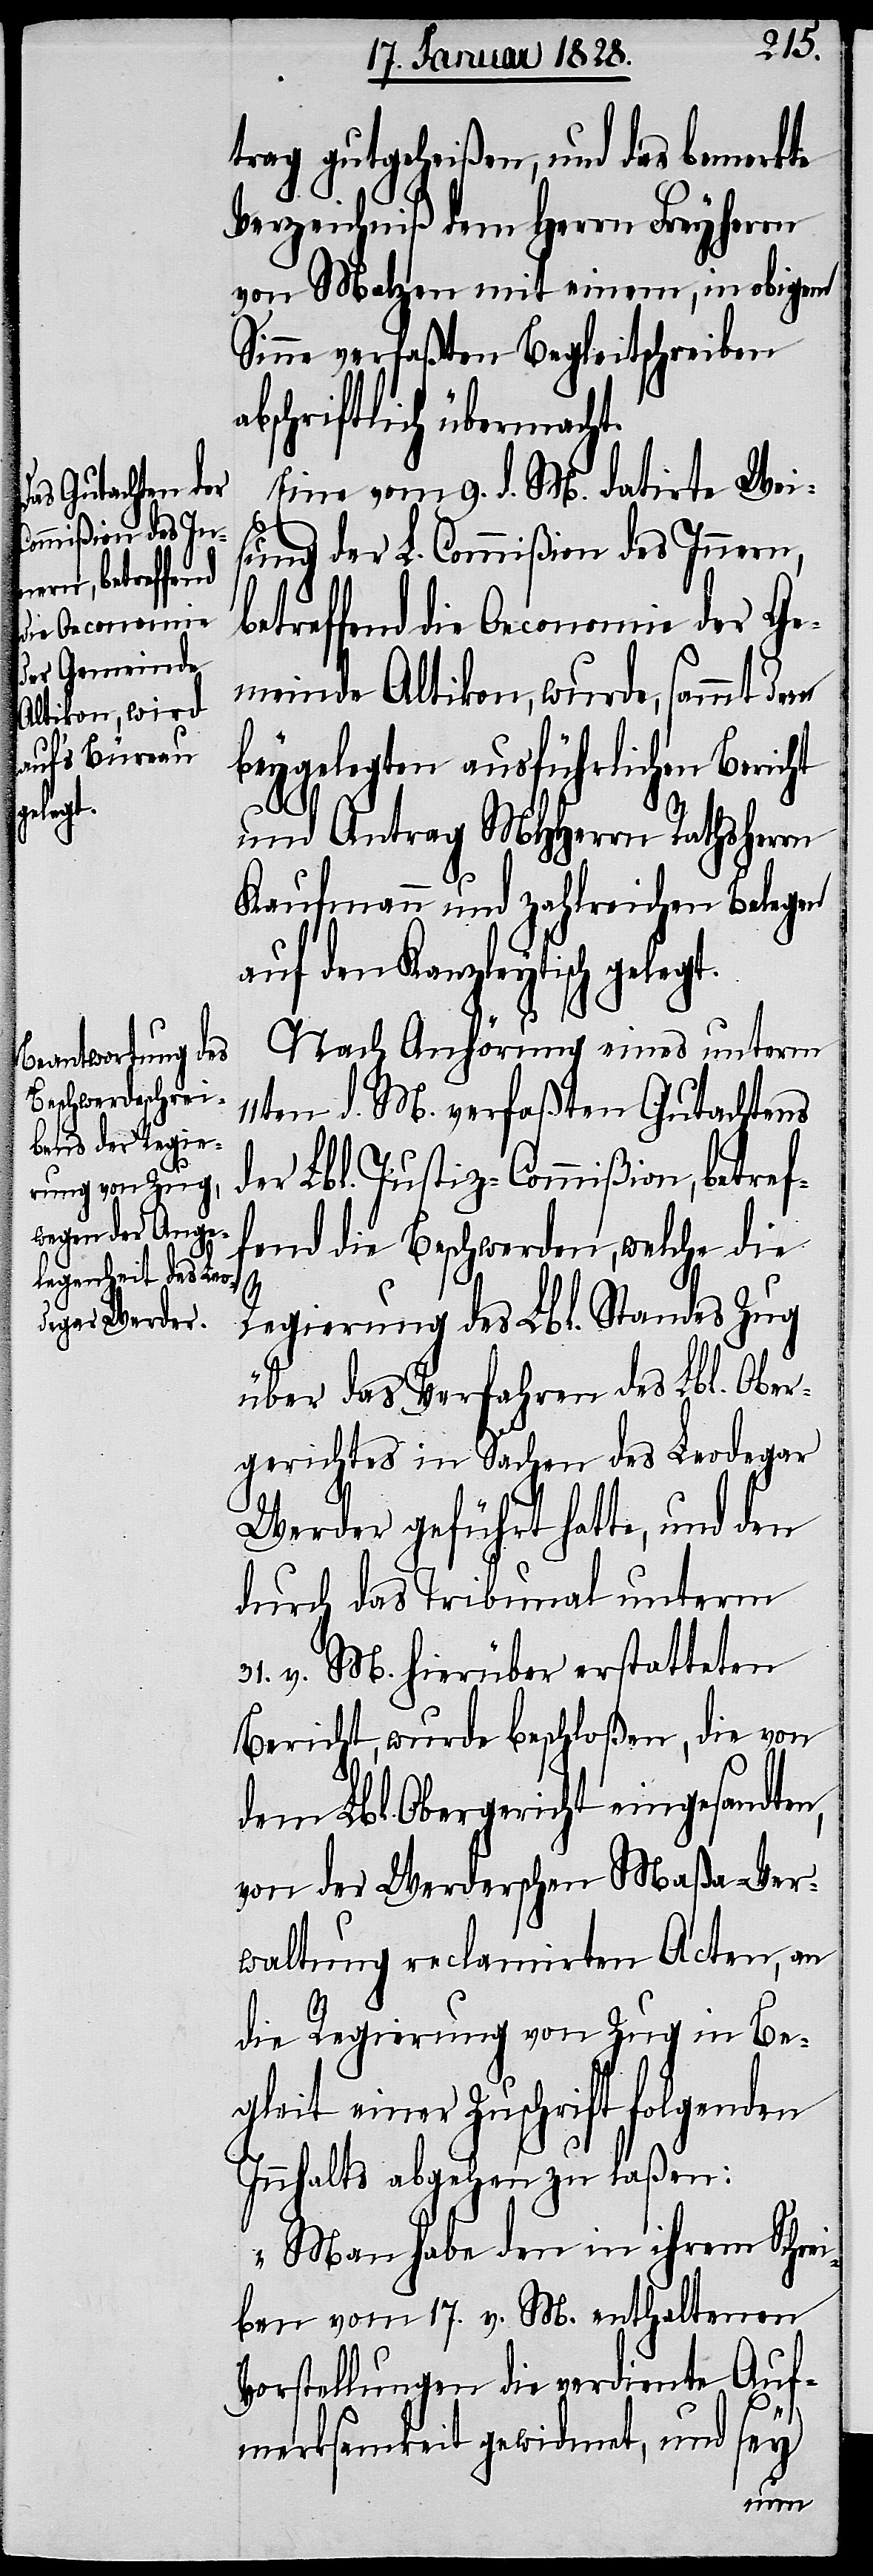
trag gutgeheißen, und das bemerkte
Verzeichniß dem Herrn Freyherrn
von Metzen mit einem, in obigem
Sinne verfaßten Begleitschreiben
abschriftlich übermacht.
Eine vom 9. d. M. datirte Wei¬
sung der L. Commißion des Innern,
betreffend die Oeconomie der Ge¬
meinde Altikon, wurde, sammt dem
beygelegten ausführlichen Bericht
und Antrag MHHerrn Rathsherrn
Kaufmann und zahlreichen Belegen
auf den Kanzleytisch gelegt.
Nach Anhörung eines unterm
11ten d. M. verfaßten Gutachtens
der Lbl. Justiz-Commißion, betref¬
fend die Beschwerden, welche die
Regierung des Lbl. Standes Zug
über das Verfahren des Lbl. Ober¬
gerichtes in Sachen des Leodegar
Werder geführt hatte, und den
durch das Tribunal unterm
31. v. M. hierüber erstatteten
Bericht, wurde beschloßen, die von
dem Lbl. Obergericht eingesandten,
von der Werderschen Maßa-Ver¬
waltung reclamirten Acten, an
die Regierung von Zug in Be¬
gleit einer Zuschrift folgenden
Innhalts abgehen zu laßen:
„Man habe den in ihrem Schrei¬
ben vom 17. v. M. enthaltenen
Vorstellungen die verdiente Auf¬
merksamkeit gewidmet, und
sey